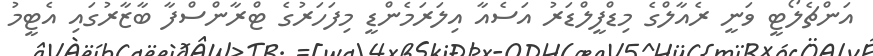
އަންޗެލޯޓީ ވަނީ ރެއާލްގެ މިޑްފީލްޑަރު އަސެއާ އިލަރަމެންޑީ މިފަހަރުގެ ޓްރާންސްފާ ބާޒާރުގައި އެޓީމު